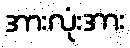
အားလုံးအား